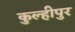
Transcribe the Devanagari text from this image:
कुल्हीपुर